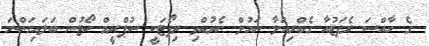
ގެ ހާއްސަ ރެޕަޓުއާ ގެބްރިއަލާ ނައުލް ނެރުއްވި ރިޕޯޓަކީ ސުޕްރީމް ކޯޓުން ބަލައިގަންނަ